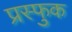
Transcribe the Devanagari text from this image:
प्रस्फुक